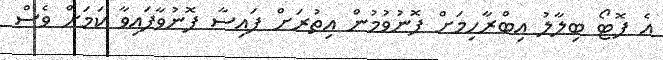
އެ ފޮޓޯ ބިލާލު އިބްރާހިމަށް ފޮނުވުމުން އިތުރަށް ފައިސާ ފޮނުވާފައިވާ ކަމަށް ވެސް